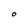
Character: O